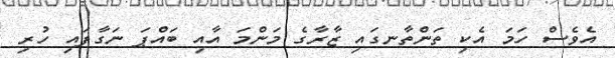
އެެވެސް ހަމަ އެކި ތަންތާނގައި ޒާރާގެ މަންމަ އާއި ބައްޕަ ނަގާފައި ހުރި